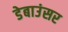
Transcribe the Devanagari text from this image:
डेबाउंसर